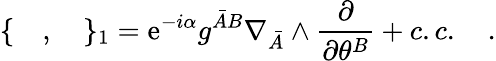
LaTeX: \{ \quad,\quad\} _{1}=\mathrm{e}^{-i\alpha}{g^{{\bar{A}}B}}\nabla_{\bar{A}}\wedge\frac{\partial}{\partial\theta^{B}}+c.c.\quad.